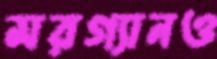
মরগ্যানও